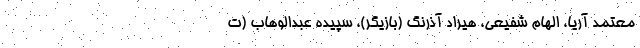
معتمد آریا، الهام شفیعی، هیراد آذرنگ (بازیگر)، سپیده عبدالوهاب (ت